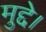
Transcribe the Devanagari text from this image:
मुद्दे।